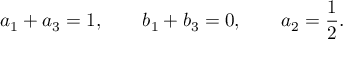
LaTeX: a _ { 1 } + a _ { 3 } = 1 , \qquad b _ { 1 } + b _ { 3 } = 0 , \qquad a _ { 2 } = \frac { 1 } { 2 } .